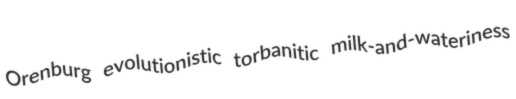
Orenburg evolutionistic torbanitic milk-and-wateriness